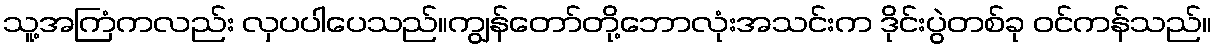
သူ့အကြံကလည်း လှပပါပေသည်။ကျွန်တော်တို့ဘောလုံးအသင်းက ဒိုင်းပွဲတစ်ခု ဝင်ကန်သည်။